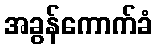
အခွန်ကောက်ခံ